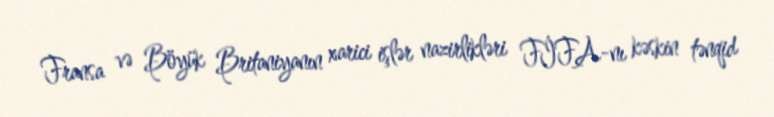
Fransa və Böyük Britaniyanın xarici işlər nazirlikləri FİFA-nı kəskin tənqid